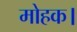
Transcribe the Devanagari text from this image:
मोहक।